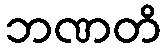
ဘဏတိ